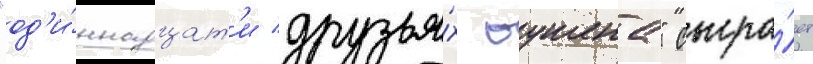
"од'и́ннадцат'и друзья́х оушена" сыгра́ет